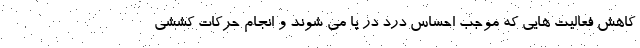
کاهش فعالیت هایی که موجب احساس درد در پا می شوند و انجام حرکات کششی